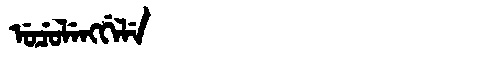
Manchu: ᡠᠴᡠᠯᡝᠩᡤᡝᠯᡝ
Romanization: UCULENGGELE